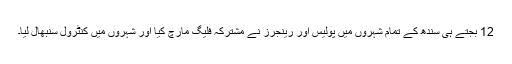
12 بجتے ہی سندھ کے تمام شہروں میں پولیس اور رینجرز نے مشترکہ فلیگ مارچ کیا اور شہروں میں کنٹرول سنبھال لیا۔